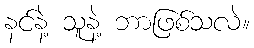
နင်နဲ့ သူနဲ့ ဘာဖြစ်သလဲ။